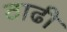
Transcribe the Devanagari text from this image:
ठाढी